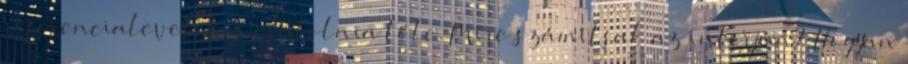
referencialevelet is csatolnia tőle. Mire számítsak az interjún? Hogyan